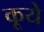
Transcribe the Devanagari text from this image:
कूये